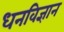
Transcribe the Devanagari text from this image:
धनविज्ञान